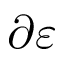
\partial \varepsilon